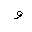
Letter: _waw